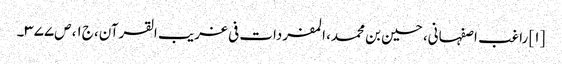
[۱] راغب اصفہانی، حسین بن محمد، المفردات فی غریب القرآن، ج۱، ص۳۷۷۔